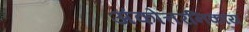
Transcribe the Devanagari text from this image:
अंकोत्तरनिकाय